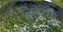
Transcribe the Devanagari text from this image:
निय्या